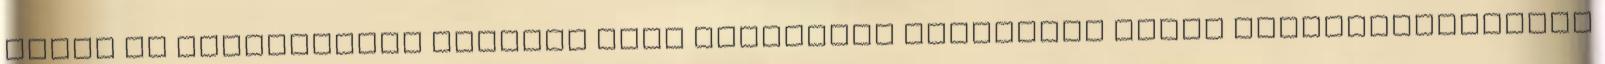
pedig az előrendelők számára járó különféle bónuszkat teszi megvásárolhatóvá